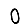
Digit: 0